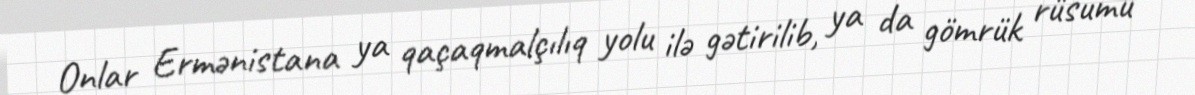
Onlar Ermənistana ya qaçaqmalçılıq yolu ilə gətirilib, ya da gömrük rüsumu